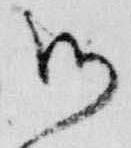
御